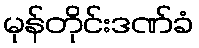
မုန်တိုင်းဒဏ်ခံ